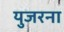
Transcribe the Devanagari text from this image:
युजरना